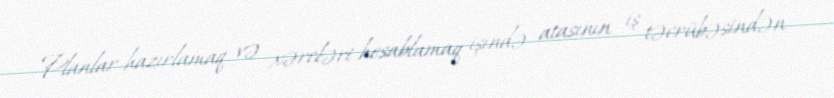
Planlar hazırlamaq və xərcləri hesablamaq işində atasının iş təcrübəsindən